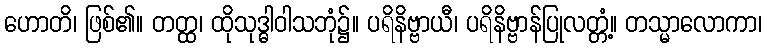
ဟောတိ၊ ဖြစ်၏။ တတ္ထ၊ ထိုသုဒ္ဓါဝါသဘုံ၌။ ပရိနိဗ္ဗာယီ၊ ပရိနိဗ္ဗာန်ပြုလတ္တံ့။ တသ္မာလောကာ၊